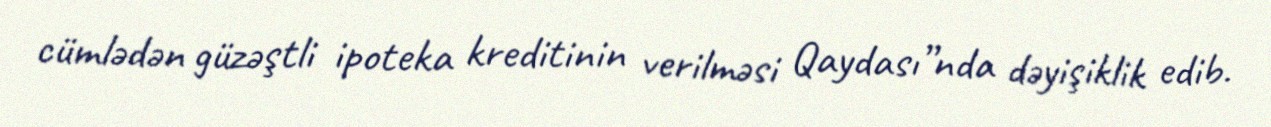
cümlədən güzəştli ipoteka kreditinin verilməsi Qaydası”nda dəyişiklik edib.